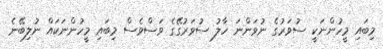
މިބައި މީހުންނަކީ ސުވަރުގެ ނުވަންނަ ހާލު ސުވަރުގޭގެ ވަސްވެސް މިބައި މީހުންނަކައް ނުލިބޭނެ